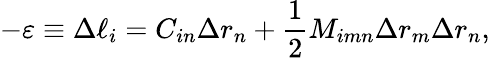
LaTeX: -\varepsilon\equiv\Delta\ell_{i}=C_{in}\Delta r_{n}+\frac{1}{2}M_{imn}\Delta r_{m}\Delta r_{n},